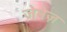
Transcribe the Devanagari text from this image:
जेमेज़